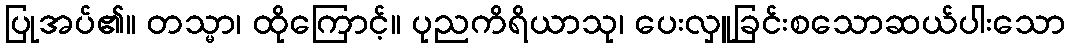
ပြုအပ်၏။ တသ္မာ၊ ထိုကြောင့်။ ပုညကိရိယာသု၊ ပေးလှူခြင်းစသောဆယ်ပါးသော